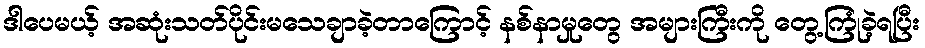
ဒါပေမယ့် အဆုံးသတ်ပိုင်းမသေချာခဲ့တာကြောင့် နစ်နာမှုတွေ အများကြီးကို တွေ့ကြုံခဲ့ရပြီး